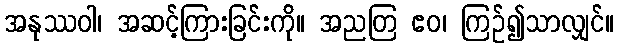
အနုဿဝါ၊ အဆင့်ကြားခြင်းကို။ အညတြ ဧဝ၊ ကြဉ်၍သာလျှင်။